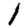
Digit: 1